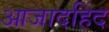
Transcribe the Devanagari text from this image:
आजादहिंद